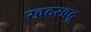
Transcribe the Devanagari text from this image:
खदखदू